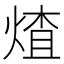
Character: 𬊩